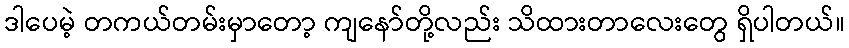
ဒါပေမဲ့ တကယ်တမ်းမှာတော့ ကျနော်တို့လည်း သိထားတာလေးတွေ ရှိပါတယ်။